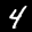
Label: 4